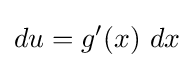
du=g'(x)\ dx